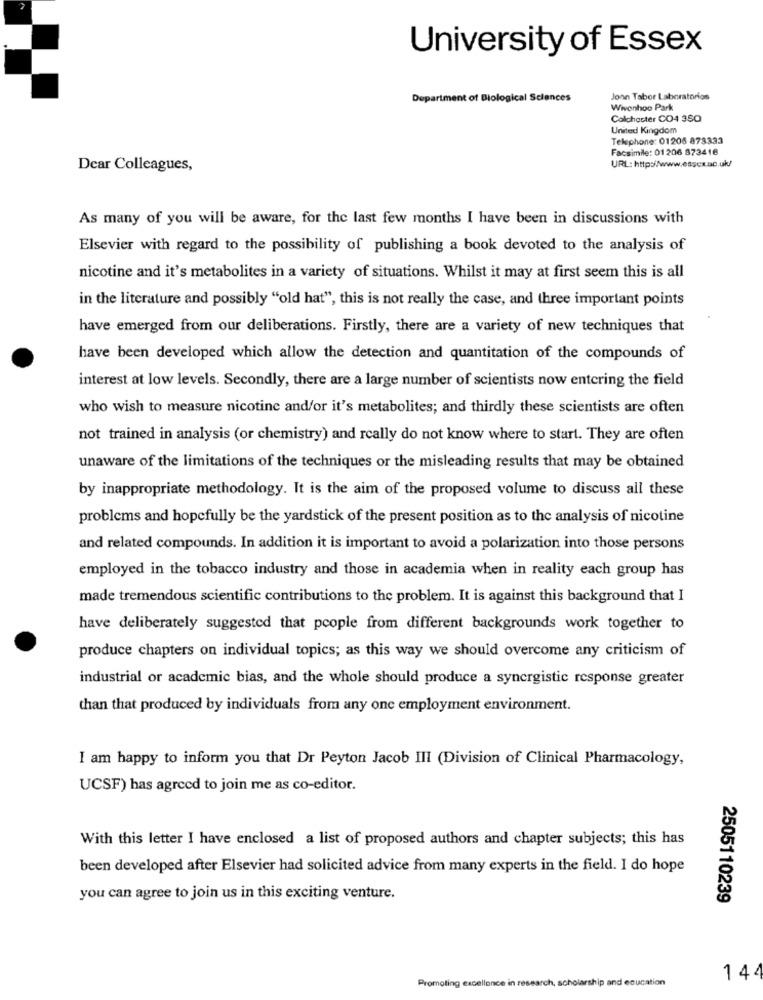
University of Essex
Department of Biological Sciences
Jonn Tabor Laboratorios
Wwwvonhoo Park
Colchester CO4 3SQ
United Kingdom
Telephone: 01206 873333
Facsimile: 01 206 873416
Dear Colleagues,
URL: http://www.essex.ac.uk/
As many of you will be aware, for the last few months I have been in discussions with
Elsevier with regard to the possibility of publishing a book devoted to the analysis of
nicotine and it's metabolites in a variety of situations. Whilst it may at first seem this is all
in the literature and possibly "old hat", this is not really the case, and three important points
have emerged from our deliberations. Firstly, there are a variety of new techniques that
have been developed which allow the detection and quantitation of the compounds of
interest at low levels. Secondly, there are a large number of scientists now entering the field
who wish to measure nicotine and/or it's metabolites; and thirdly these scientists are often
not trained in analysis (or chemistry) and really do not know where to start. They are often
unaware of the limitations of the techniques or the misleading results that may be obtained
by inappropriate methodology. It is the aim of the proposed volume to discuss all these
problems and hopefully be the yardstick of the present position as to the analysis of nicotine
and related compounds. In addition it is important to avoid a polarization into those persons
employed in the tobacco industry and those in academia when in reality each group has
made tremendous scientific contributions to the problem. It is against this background that I
have deliberately suggested that people from different backgrounds work together to
produce chapters on individual topics; as this way we should overcome any criticism of
industrial or academic bias, and the whole should produce a synergistic response greater
than that produced by individuals from any one employment environment.
I am happy to inform you that Dr Peyton Jacob III (Division of Clinical Pharmacology,
UCSF) has agreed to join me as co-editor.
With this letter I have enclosed a list of proposed authors and chapter subjects; this has
been developed after Elsevier had solicited advice from many experts in the field. I do hope
you can agree to join us in this exciting venture.
2505110239
Promoting excellence in research, scholarship and education
144